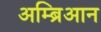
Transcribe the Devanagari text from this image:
अम्ब्रिआन